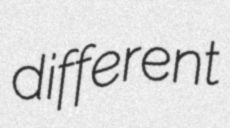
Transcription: different